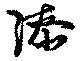
漆